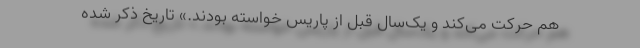
هم حرکت می‌کند و یک‌سال قبل از پاریس خواسته بودند.» تاریخ ذکر شده